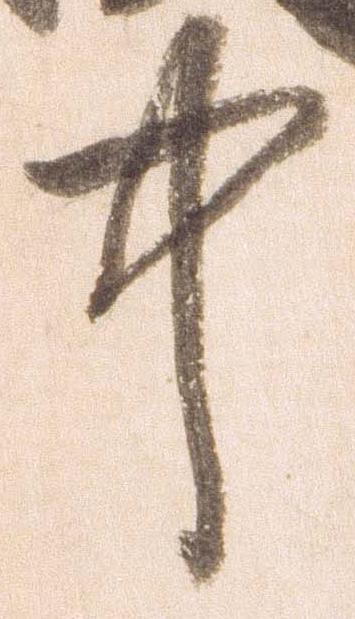
中